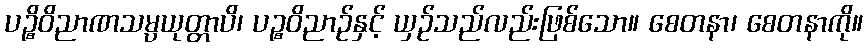
ပဉ္စိဝိညာဏသမ္ပယုတ္တာပိ၊ ပဉ္စဝိညာဉ်နှင့် ယှဉ်သည်လည်းဖြစ်သော။ စေတနာ၊ စေတနာကို။